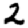
Digit: 2